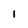
Character: I